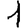
Digit: 1